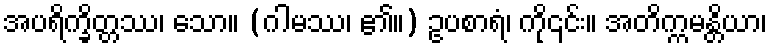
အပရိက္ခိတ္တဿ၊ သော။ (ဂါမဿ၊ ၏။) ဥပစာရံ၊ ကို၎င်း။ အတိက္ကမန္တိယာ၊